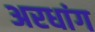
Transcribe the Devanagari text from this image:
अरधांग